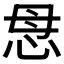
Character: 𢘓